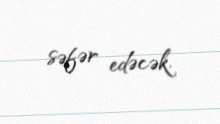
səfər edəcək.